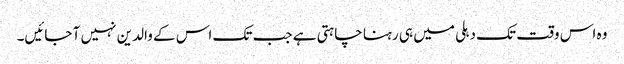
وہ اس وقت تک دہلی میں ہی رہنا چاہتی ہے جب تک اس کے والدین نہیں آ جائیں۔